Insane asylums in Bengal annual reports 1867-1875 - 1867-1875
Year: 1867
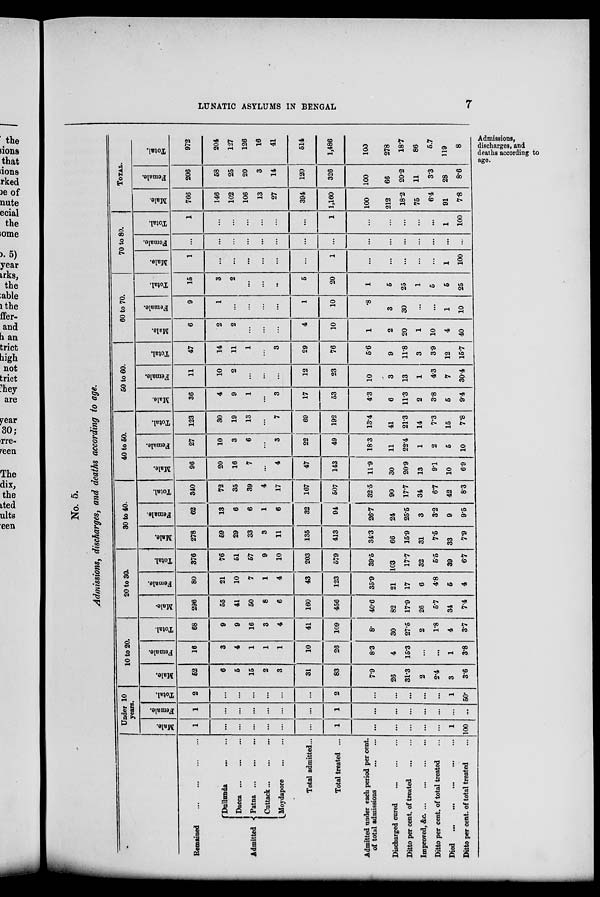
LUNATIC ASYLUMS IN BENGAL
7
Admissions,
discharges, and
deaths according to
age.
No. 5.
Admissions, discharges, and deaths according to age.
Remained
...
...
...
...
Admitted .
Dullunda ... ...
Dacca ... ... ...
Patna
...
...
...
Cuttack
...
...
...
Moydapore
...
...
Total admitted...
Total treated ...
Admitted under each period per cent.
of total admissions
...
...
Discharged cured
...
...
...
Ditto per cent. of treated
...
...
Improved, &c. ... ... ... ...
Ditto per cent. of total treated ...
Died
...
...
...
...
...
Ditto per cent. of total treated
...
Under 10
years.
Male.
1
...
...
...
...
...
1
...
...
...
...
...
1
100
Female.
1
...
...
...
...
...
...
1
...
...
...
...
...
...
...
Total.
2
...
...
...
...
...
...
2
...
...
...
...
...
1
50.
10 to 20.
Male.
52
6
5
15
2
3
31
83
7.9
26
31.3
2
2.4
3
3.6
Female.
16
3
4
1
1
1
10
26
83
4
15.3
...
...
1
3.8
Total.
68
9
9
16
3
4
41
109
8.
30
27.5
2
1.8
4
3.7
20 to 30.
Male.
296
55
41
50
8
6
160
456
40.6
82
17.9
26
5.7
34
7.4
Female.
80
21
10
7
1
4
43
123
35.9
21
17
6
4.8
5
4
Total.
376
76
51
57
9
10
203
579
39.5
103
17.7
32
5.5
39
6.7
30 to 40.
Male.
278
69
29
33
3
11
135
413
34.3
66
15.9
31
7.5
33
7.9
Female.
62
13
6
6
1
6
32
94
26.7
24
25.6
3
3.2
9
9.5
Total.
340
72
35
39
4
17
167
507
32.5
90
17.7
34
6.7
42
8.3
40 to 60.
Male.
96
20
16
7
...
4
47
143
11.9
30
20.9
13
9.1
10
6.9
Female.
27
10
3
6
...
3
22
49
18.3
11
22.4
1
2
5
10
Total.
123
30
19
13
...
7
69
192
13.4
41
21.3
14
7.3
15
7.8
50 to 60.
Male.
36
4
9
1
...
3
17
53
4.3
6
11.3
2
3.8
5
9.4
Female.
11
10
2
...
...
...
12
23
10
3
13
1
4.3
7
30.4
Total.
47
14
11
1
...
3
29
76
5.6
9
11.8
3
3.9
12
15.7
60 to 70.
Male.
6
2
2
...
...
...
4
10
1
2
20
1
10
4
40
Female.
9
1
...
...
...
...
1
10
.8
3
30
...
...
1
10
Total.
15
3
2
...
...
..
5
20
1
5
25
1
5
5
25
70 to 80.
Male.
1
...
...
...
...
...
...
1
...
...
...
...
...
1
100
Female.
...
...
...
...
...
...
...
...
...
...
...
...
...
...
...
Total.
1
...
...
...
...
...
...
1
...
...
...
...
...
1
100
TOTAL.
Male.
766
146
102
106
13
27
394
1,160
100
212
18.2
75
6.4
91
7.8
Female.
206
58
25
20
3
14
120
326
100
66
20.2
11
3.3
28
8.6
Total.
972
204
127
126
16
41
514
1,486
100
278
18.7
86
5.7
119
8